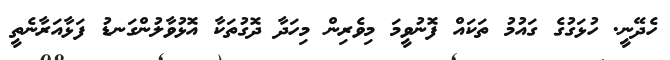
ހެދޭނީ. ހުޅަގުގެ ގައުމު ތަކައް ފޮނުވީމަ މިވެރިން މިހަދާ ދޮގުތަކާ އޮޅުވާލުންގަނޑު ފަޅާއަރާނެތީ